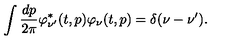
\int \frac { d p } { 2 \pi } \varphi _ { \nu ^ { \prime } } ^ { * } ( t , p ) \varphi _ { \nu } ( t , p ) = \delta ( \nu - \nu ^ { \prime } ) .